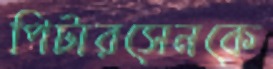
পিটারসেনকে